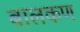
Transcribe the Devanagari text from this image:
बालकण